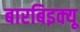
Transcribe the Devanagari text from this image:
बारबिइक्यू